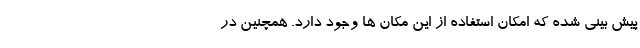
پیش بینی شده که امکان استفاده از این مکان ها وجود دارد. همچنین در